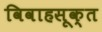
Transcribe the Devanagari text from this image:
विवाहसूक्त